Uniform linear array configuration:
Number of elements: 12
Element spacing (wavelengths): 0.5
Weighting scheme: blackman
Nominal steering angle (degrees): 30
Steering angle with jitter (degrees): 28.905
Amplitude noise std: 0.05
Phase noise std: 0.05

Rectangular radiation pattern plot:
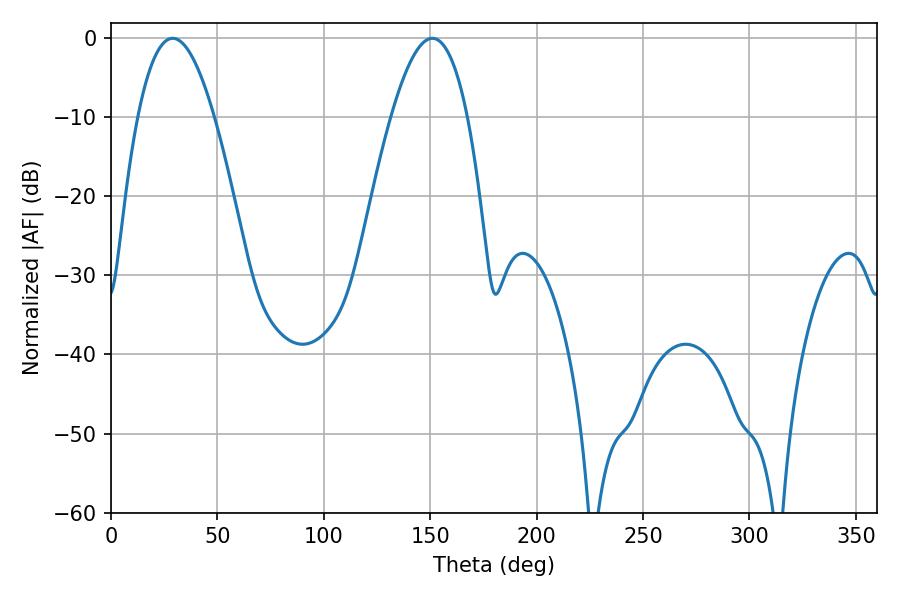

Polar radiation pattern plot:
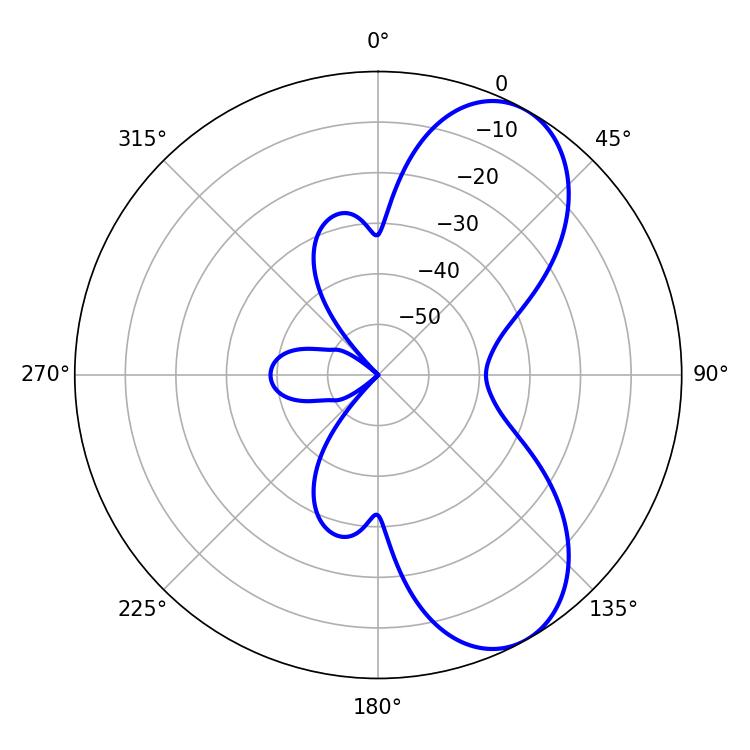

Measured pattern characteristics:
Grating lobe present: FALSE
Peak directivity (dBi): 7.394
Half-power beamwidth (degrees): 19.62
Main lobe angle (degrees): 28.98